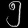
Digit: ၅